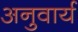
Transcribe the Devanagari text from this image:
अनुवार्य